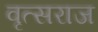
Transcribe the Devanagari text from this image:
वृत्सराज